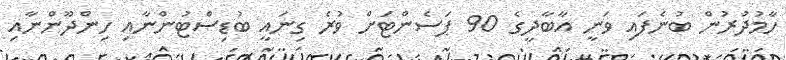
ހާމުދުރުން ބުނެފައި ވަނީ އާބާދީގެ 90 ޕަސެންޓަށް ވުރެ ގިނައީ ބުޑިސްޓުންނާއި ހިންދޫންނާއި